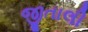
જીતાલી